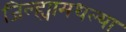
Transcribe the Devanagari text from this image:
जिल्ह्यामधल्या